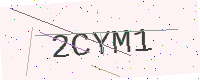
Text: 2CYM1